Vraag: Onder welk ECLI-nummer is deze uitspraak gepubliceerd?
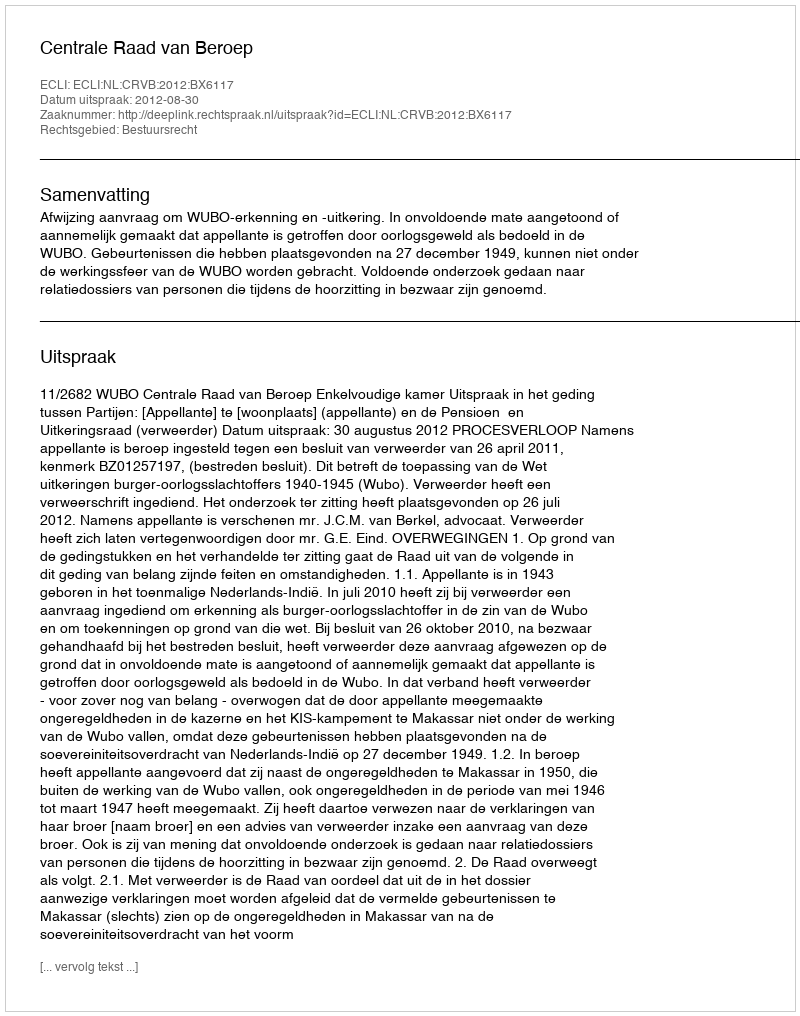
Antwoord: ECLI:NL:CRVB:2012:BX6117